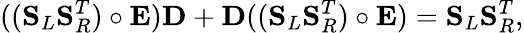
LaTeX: ((\mathbf{S}_{L}\mathbf{S}_{R}^{T})\circ\mathbf{E})\mathbf{D}+\mathbf{D}((\mathbf{S}_{L}\mathbf{S}_{R}^{T})\circ\mathbf{E})=\mathbf{S}_{L}\mathbf{S}_{R}^{T},